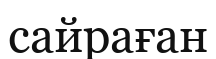
сайраған